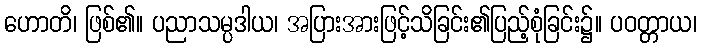
ဟောတိ၊ ဖြစ်၏။ ပညာသမ္ပဒါယ၊ အပြားအားဖြင့်သိခြင်း၏ပြည့်စုံခြင်း၌။ ပဝတ္တာယ၊